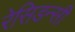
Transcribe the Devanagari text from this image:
रेसिडन्सी